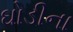
ઘોડીના